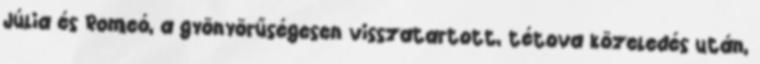
Júlia és Romeó, a gyönyörűségesen visszatartott, tétova közeledés után,